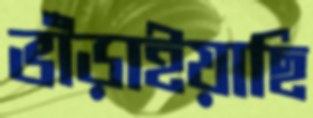
ভাঁড়াইয়াছি